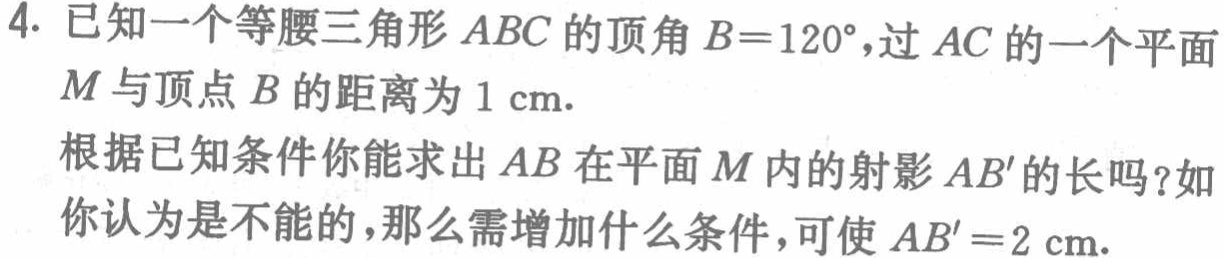
4. 已知一个等腰三角形 \(ABC\) 的顶角 \(B = 120^{\circ}\)，过 \(AC\) 的一个平面 \(M\) 与顶点 \(B\) 的距离为 \(1\mathrm{cm}\).
根据已知条件你能求出 \(AB\) 在平面 \(M\) 内的射影 \(AB'\) 的长吗？如你认为是不能的，那么需增加什么条件，可使 \(AB' = 2\mathrm{cm}\).